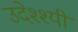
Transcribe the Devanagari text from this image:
उदेश्श्यी